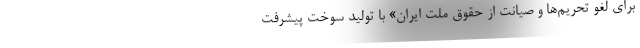
برای لغو تحریم‌ها و صیانت از حقوق ملت ایران» با تولید سوخت پیشرفت